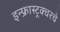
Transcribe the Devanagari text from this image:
इन्फ्रास्ट्रक्चरचे